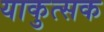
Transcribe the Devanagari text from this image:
याकुत्सक